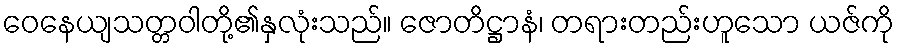
ဝေနေယျသတ္တဝါတို့၏နှလုံးသည်။ ဇောတိဋ္ဌာနံ၊ တရားတည်းဟူသော ယဇ်ကို